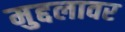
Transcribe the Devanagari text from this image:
मुद्दलावर